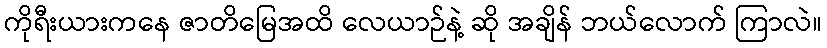
ကိုရီးယားကနေ ဇာတိမြေအထိ လေယာဉ်နဲ့ ဆို အချိန် ဘယ်လောက် ကြာလဲ။